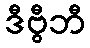
ဒီဗွီဘီ